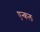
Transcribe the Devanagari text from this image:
एन्कल